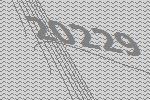
20229